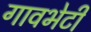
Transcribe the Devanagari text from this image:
गावभेटी